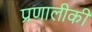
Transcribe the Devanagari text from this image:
प्रणालीकी